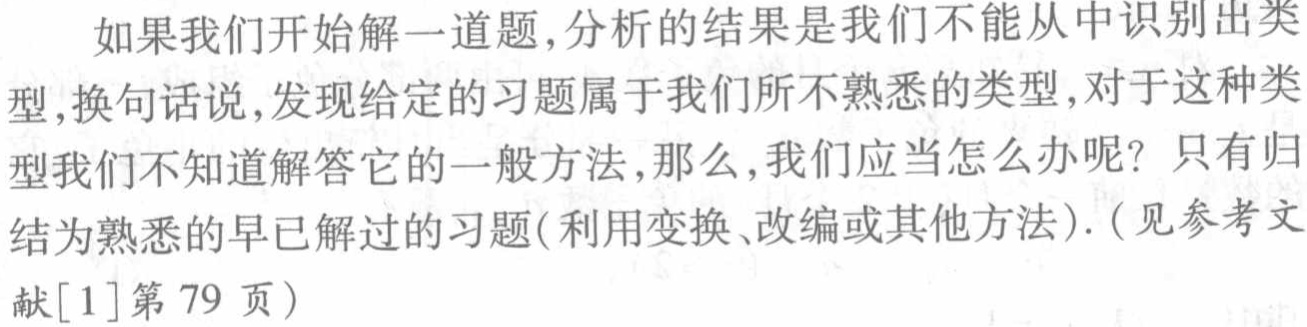
如果我们开始解一道题,分析的结果是我们不能从中识别出类型,换句话说,发现给定的习题属于我们所不熟悉的类型,对于这种类型我们不知道解答它的一般方法,那么,我们应当怎么办呢？只有归结为熟悉的早已解过的习题(利用变换、改编或其他方法).(见参考文献[1]第79页)